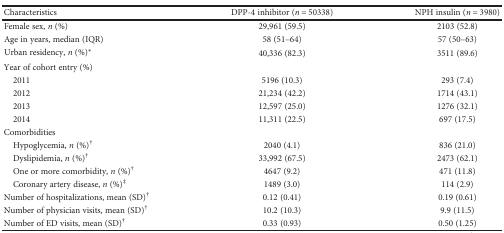
| Characteristics | DPP-4 inhibitor (n = 50338) | NPH insulin (n = 3980) |
 | --- | --- | --- |
 | Female sex, n (%) | 29,961 (59.5) | 2103 (52.8) |
 | Age in years, median (IQR) | 58 (51–64) | 57 (50–63) |
 | Urban residency, n (%)∗ | 40,336 (82.3) | 3511 (89.6) |
 | <COLSPAN=3> Year of cohort entry (%) |
 | 2011 | 5196 (10.3) | 293 (7.4) |
 | 2012 | 21,234 (42.2) | 1714 (43.1) |
 | 2013 | 12,597 (25.0) | 1276 (32.1) |
 | 2014 | 11,311 (22.5) | 697 (17.5) |
 | <COLSPAN=3> Comorbidities |
 | Hypoglycemia, n (%)† | 2040 (4.1) | 836 (21.0) |
 | Dyslipidemia, n (%)† | 33,992 (67.5) | 2473 (62.1) |
 | One or more comorbidity, n (%)† | 4647 (9.2) | 471 (11.8) |
 | Coronary artery disease, n (%)‡ | 1489 (3.0) | 114 (2.9) |
 | Number of hospitalizations, mean (SD)† | 0.12 (0.41) | 0.19 (0.61) |
 | Number of physician visits, mean (SD)† | 10.2 (10.3) | 9.9 (11.5) |
 | Number of ED visits, mean (SD)† | 0.33 (0.93) | 0.50 (1.25) |